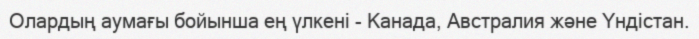
Олардың аумағы бойынша ең үлкені - Канада, Австралия және Үндістан.